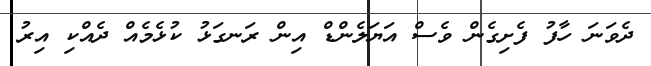
ދެވަނަ ހާފު ފެށިގެން ވެސް އަޔަލެންޑް އިން ރަނގަޅު ކުޅެމެއް ދެއްކި އިރު